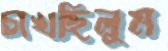
চাখছিলুম